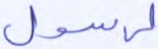
لرسول